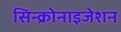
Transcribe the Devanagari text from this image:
सिन्क्रोनाइजेशन